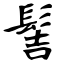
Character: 髻